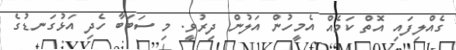
ގެއްލިފައި އޮތް ކަމެއް އެމީހުން އަލުން ދިރުވީ. މި ސަބަބާ ހެދި އަޅުގަނޑުގެ